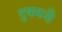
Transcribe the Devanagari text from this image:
दुषमनी